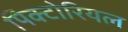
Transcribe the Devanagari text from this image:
पिक्टोरियल